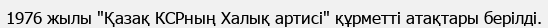
1976 жылы "Қазақ КСРның Халық артисі" құрметті атақтары берілді.